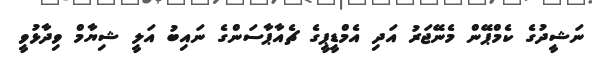
ނަޝީދުގެ ކެމްޕޭން މެނޭޖަރު އަދި އެމްޑީޕީގެ ޗެއާޕާސަންގެ ނައިބު އަލީ ޝިޔާމް ވިދާޅުވީ